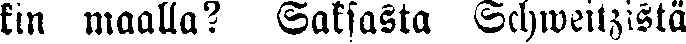
kin maalla? Saksasta Schweitsistä